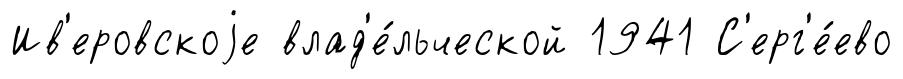
Ив'еровскоjе влад'е́льческой 1941 С'ерг'е́ево